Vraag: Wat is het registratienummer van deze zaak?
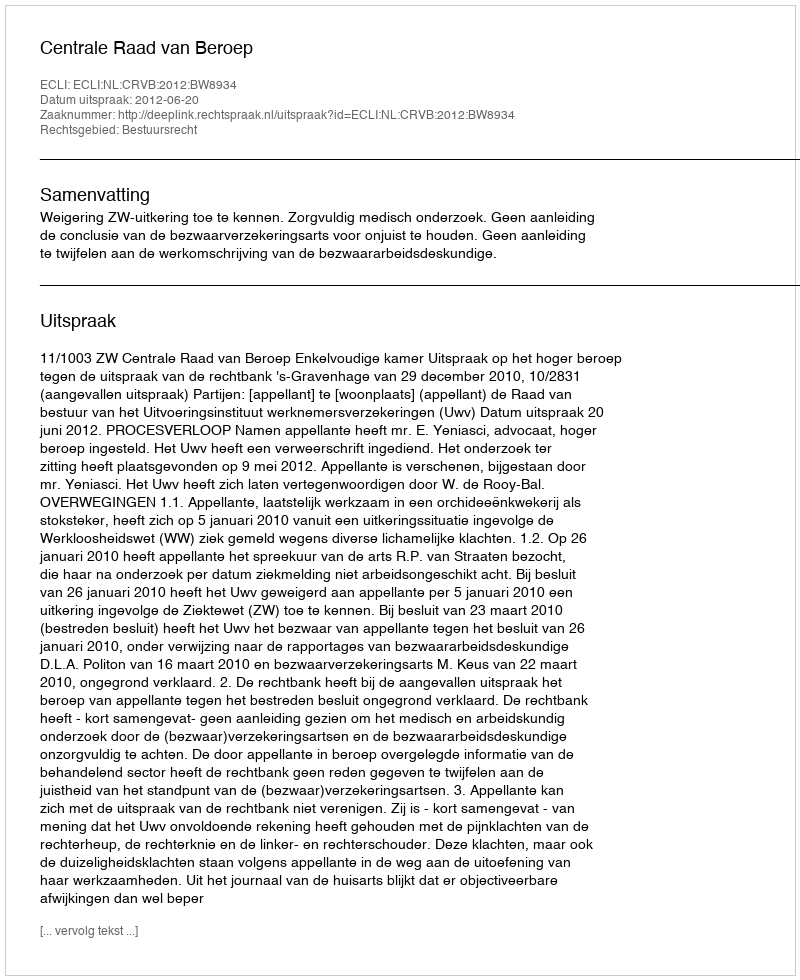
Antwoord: http://deeplink.rechtspraak.nl/uitspraak?id=ECLI:NL:CRVB:2012:BW8934